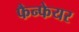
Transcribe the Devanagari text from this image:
फैन्फेयर